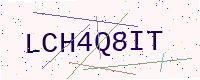
Text: LCH4Q8IT